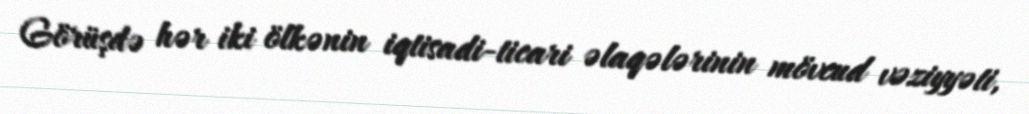
Görüşdə hər iki ölkənin iqtisadi-ticari əlaqələrinin mövcud vəziyyəti,